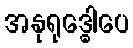
အနုရုဒ္ဓေါပေ